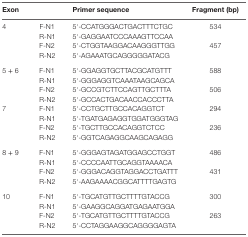
<table><thead><tr><td><b>Exon</b></td><td></td><td><b>Primer sequence</b></td><td><b>Fragment (bp)</b></td></tr></thead><tbody><tr><td>4</td><td>F-N1</td><td>5′-CCATGGGACTGACTTTCTGC</td><td>534</td></tr><tr><td></td><td>R-N1</td><td>5′-GAGGAATCCCAAAGTTCCAA</td><td></td></tr><tr><td></td><td>F-N2</td><td>5′-CTGGTAAGGACAAGGGTTGG</td><td>457</td></tr><tr><td></td><td>R-N2</td><td>5′-AGAAATGCAGGGGGATACG</td><td></td></tr><tr><td>5 + 6</td><td>F-N1</td><td>5′-GGAGGTGCTTACGCATGTTT</td><td>588</td></tr><tr><td></td><td>R-N1</td><td>5′-GGGAGGTCAAATAAGCAGCA</td><td></td></tr><tr><td></td><td>F-N2</td><td>5′-GCCGTCTTCCAGTTGCTTTA</td><td>506</td></tr><tr><td></td><td>R-N2</td><td>5′-GCCACTGACAACCACCCTTA</td><td></td></tr><tr><td>7</td><td>F-N1</td><td>5′-CCTGCTTGCCACAGGTCT</td><td>294</td></tr><tr><td></td><td>R-N1</td><td>5′-TGATGAGAGGTGGATGGGTAG</td><td></td></tr><tr><td></td><td>F-N2</td><td>5′-TGCTTGCCACAGGTCTCC</td><td>236</td></tr><tr><td></td><td>R-N2</td><td>5′-GGTCAGAGGCAAGCAGAGG</td><td></td></tr><tr><td>8 + 9</td><td>F-N1</td><td>5′-GGGAGTAGATGGAGCCTGGT</td><td>486</td></tr><tr><td></td><td>R-N1</td><td>5′-CCCCAATTGCAGGTAAAACA</td><td></td></tr><tr><td></td><td>F-N2</td><td>5′-GGGACAGGTAGGACCTGATTT</td><td>431</td></tr><tr><td></td><td>R-N2</td><td>5′-AAGAAAACGGCATTTTGAGTG</td><td></td></tr><tr><td>10</td><td>F-N1</td><td>5′-TGCATGTTGCTTTTGTACCG</td><td>300</td></tr><tr><td></td><td>R-N1</td><td>5′-GAAGGCAGGATGAGAATGGA</td><td></td></tr><tr><td></td><td>F-N2</td><td>5′-TGCATGTTGCTTTTGTACCG</td><td>263</td></tr><tr><td></td><td>R-N2</td><td>5′-CCTAGGAAGGCAGGGGAGTA</td><td></td></tr></tbody></table>